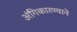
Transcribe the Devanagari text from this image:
अंगिकारण्याने